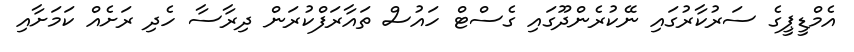
އެމްޑީޕީގެ ސަރުކާރުގައި ނޭކުރެންދޫގައި ގެސްޓް ހައުސް ތައާރަފްކުރަން ދިރާސާ ހެދި ރަށެއް ކަމަށާއި